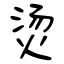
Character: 烫